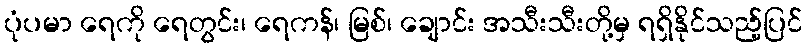
ပုံပမာ ရေကို ရေတွင်း၊ ရေကန်၊ မြစ်၊ ချောင်း အသီးသီးတို့မှ ရရှိနိုင်သည့်ပြင်